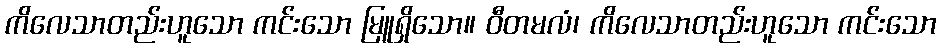
ကိလေသာတည်းဟူသော ကင်းသော မြူရှိသော။ ဝီတမလံ၊ ကိလေသာတည်းဟူသော ကင်းသော